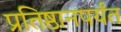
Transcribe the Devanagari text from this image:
प्रतिष्ठानपर्यंत